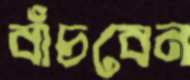
বাঁচবেন